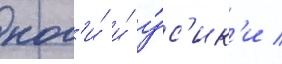
ног'и́ и́ у́с'ик'и /